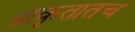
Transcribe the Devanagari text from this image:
प्राकृतातच